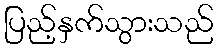
ပြည့်နှက်သွားသည်